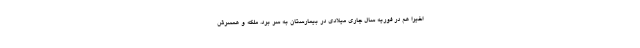
اخیرا هم در فوریه سال جاری میلادی در بیمارستان به سر برد. ملکه و همسرش